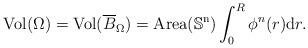
LaTeX: \begin{align*}\mathrm{Vol}(\Omega) = \mathrm{Vol}(\overline{B}_{\Omega}) = \mathrm{Area(\mathbb{S}^n)}\int_{0}^R \phi^n(r)\mathrm{d}r.\end{align*}